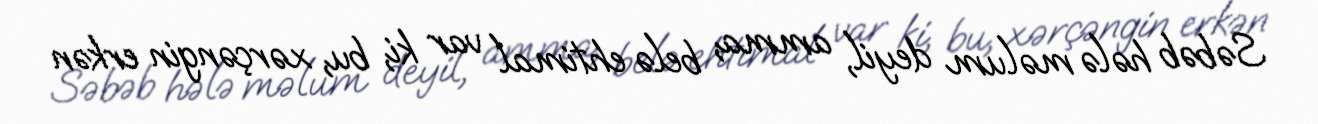
Səbəb hələ məlum deyil, amma, belə ehtimal var ki, bu, xərçəngin erkən